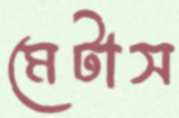
মেটাস